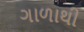
ગાળાથી